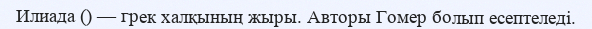
Илиада () — грек халқының жыры. Авторы Гомер болып есептеледі.